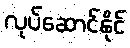
လုပ်ဆောင်နိုင်